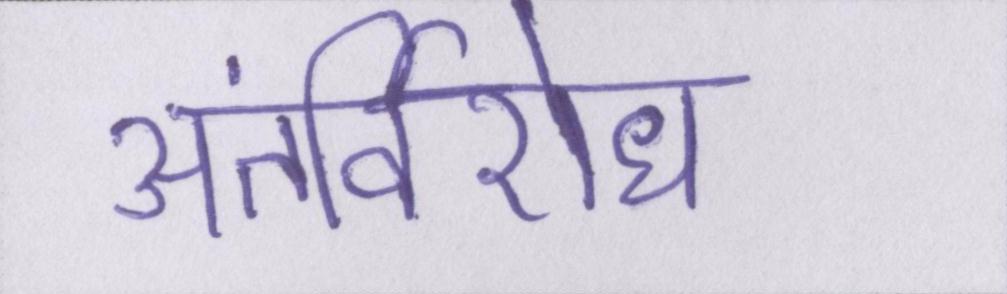
अंतर्विरोध